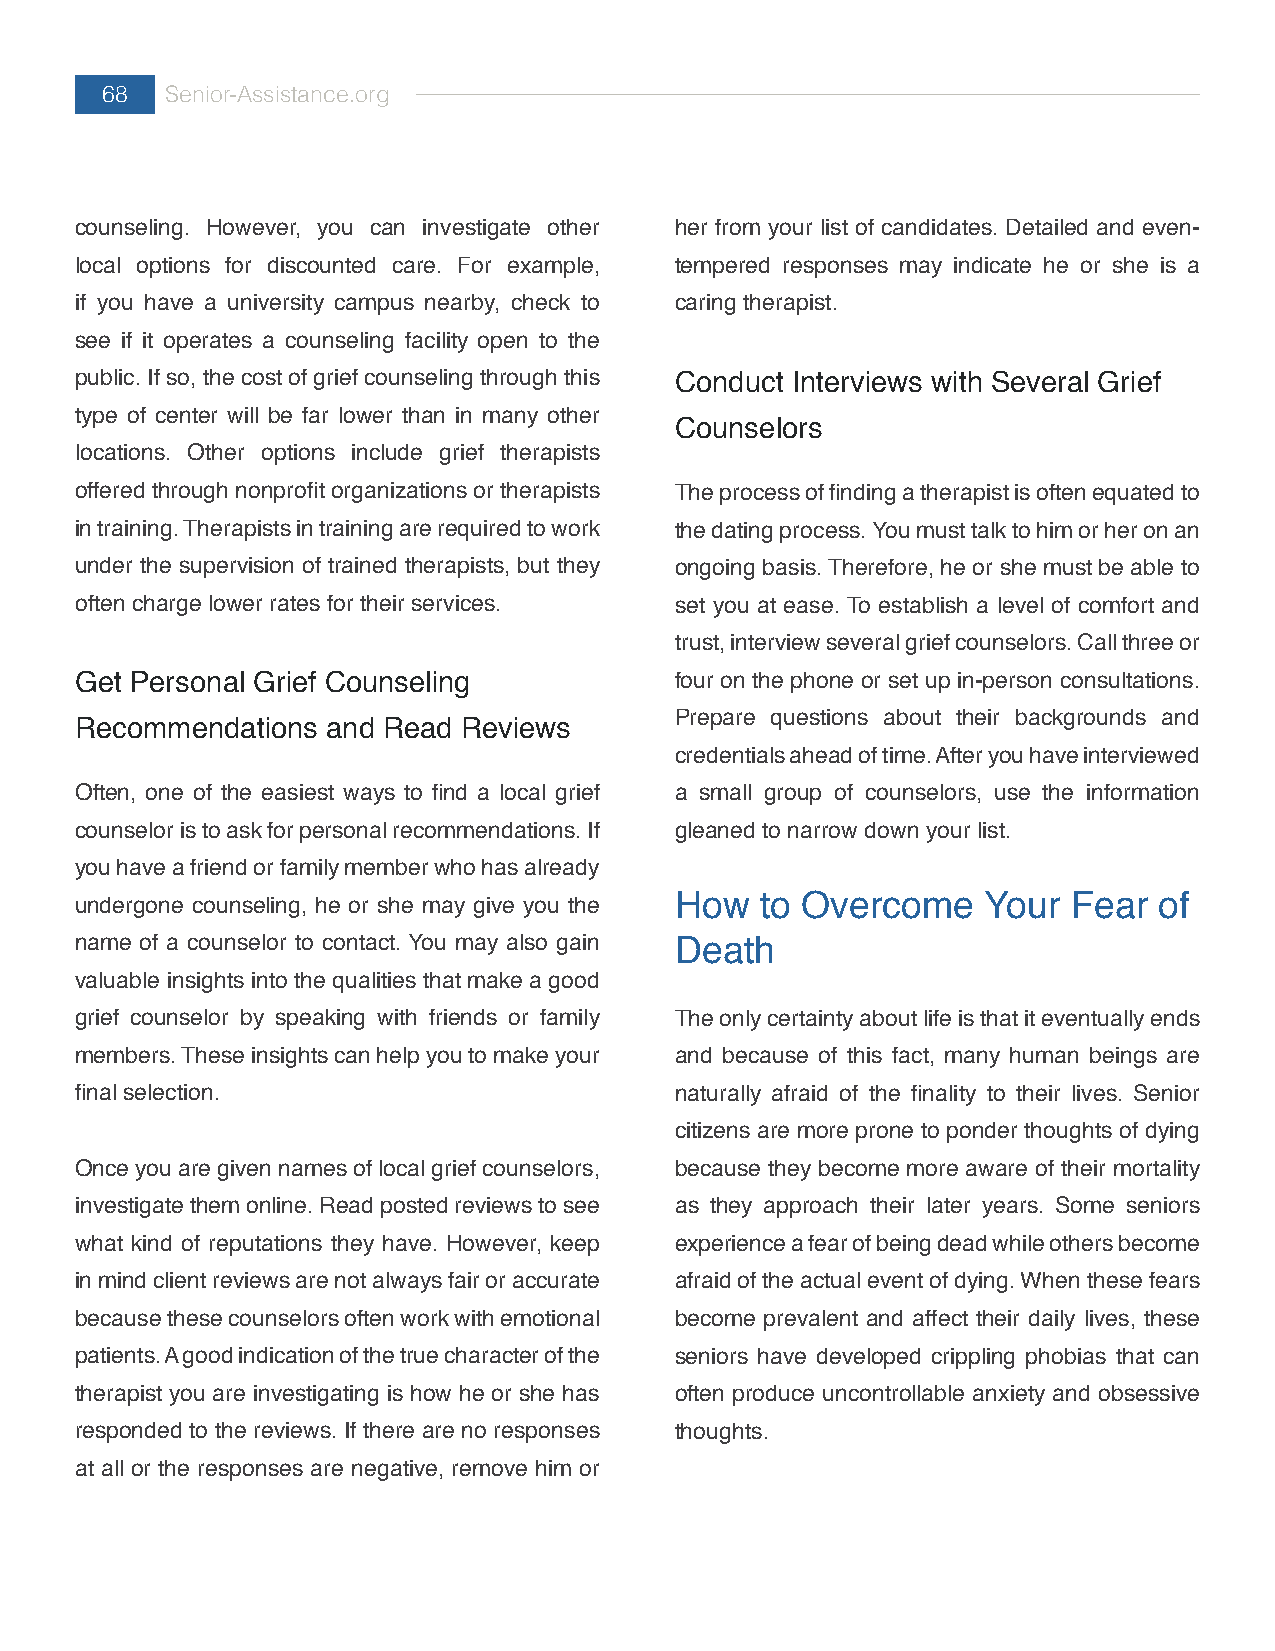
68  Senior-Assistance.org
 counseling. However, you can investigate other her from your list of candidates. Detailed and even-
 local options for discounted care. For example, tempered responses may indicate he or she is a
 if you have a university campus nearby, check to caring therapist.
 see if it operates a counseling facility open to the
 public. If so, the cost of grief counseling through this Conduct Interviews with Several Grief
 type of center will be far lower than in many other
 Counselors
 locations. Other options include grief therapists
 offered through nonprofit organizations or therapists The process of finding a therapist is often equated to
 in training. Therapists in training are required to work the dating process. You must talk to him or her on an
 under the supervision of trained therapists, but they ongoing basis. Therefore, he or she must be able to
 often charge lower rates for their services. set you at ease. To establish a level of comfort and
 trust, interview several grief counselors. Call three or
 Get Personal Grief Counseling           four on the phone or set up in-person consultations.
 Prepare questions about their backgrounds and
 Recommendations  and Read Reviews
 credentials ahead of time. After you have interviewed
 Often, one of the easiest ways to find a local grief a small group of counselors, use the information
 counselor is to ask for personal recommendations. If gleaned to narrow down your list.
 you have a friend or family member who has already
 undergone counseling, he or she may give you the How to Overcome Your Fear of
 name of a counselor to contact. You may also gain Death
 valuable insights into the qualities that make a good
 grief counselor by speaking with friends or family The only certainty about life is that it eventually ends
 members. These insights can help you to make your and because of this fact, many human beings are
 final selection.                        naturally afraid of the finality to their lives. Senior
 citizens are more prone to ponder thoughts of dying
 Once you are given names of local grief counselors, because they become more aware of their mortality
 investigate them online. Read posted reviews to see as they approach their later years. Some seniors
 what kind of reputations they have. However, keep experience a fear of being dead while others become
 in mind client reviews are not always fair or accurate afraid of the actual event of dying. When these fears
 because these counselors often work with emotional become prevalent and affect their daily lives, these
 patients. A good indication of the true character of the seniors have developed crippling phobias that can
 therapist you are investigating is how he or she has often produce uncontrollable anxiety and obsessive
 responded to the reviews. If there are no responses thoughts.
 at all or the responses are negative, remove him or